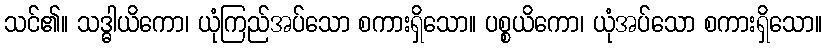
သင်၏။ သဒ္ဓါယိကော၊ ယုံကြည်အပ်သော စကားရှိသော။ ပစ္စယိကော၊ ယုံအပ်သော စကားရှိသော။